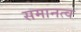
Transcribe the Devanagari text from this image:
समानत्व